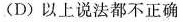
(D)以上说法都不正确